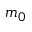
m _ { 0 }